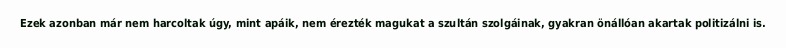
Ezek azonban már nem harcoltak úgy, mint apáik, nem érezték magukat a szultán szolgáinak, gyakran önállóan akartak politizálni is.